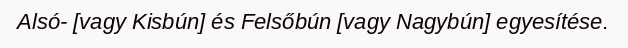
Alsó- [vagy Kisbún] és Felsőbún [vagy Nagybún] egyesítése.